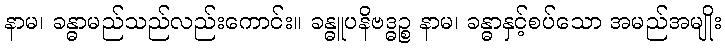
နာမ၊ ခန္ဓာမည်သည်လည်းကောင်း။ ခန္ဓူပနိဗဒ္ဓဉ္စ နာမ၊ ခန္ဓာနှင့်စပ်သော အမည်အမျိုး